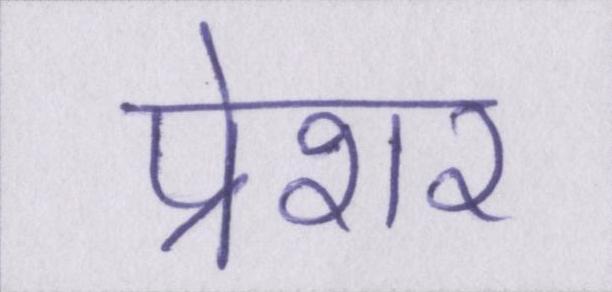
प्रेशर